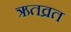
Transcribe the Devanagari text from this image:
ऋतव्रत